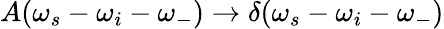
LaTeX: A(\omega_{s}-\omega_{i}-\omega_{-})\rightarrow\delta(\omega_{s}-\omega_{i}-\omega_{-})